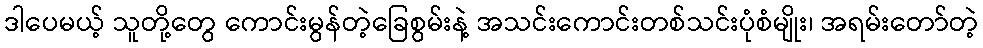
ဒါပေမယ့် သူတို့တွေ ကောင်းမွန်တဲ့ခြေစွမ်းနဲ့ အသင်းကောင်းတစ်သင်းပုံစံမျိုး၊ အရမ်းတော်တဲ့